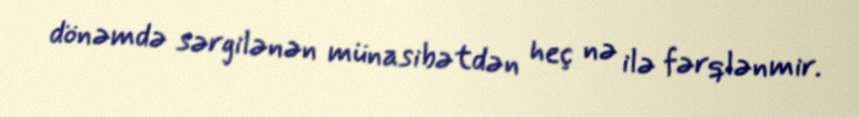
dönəmdə sərgilənən münasibətdən heç nə ilə fərqlənmir.